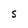
Character: S